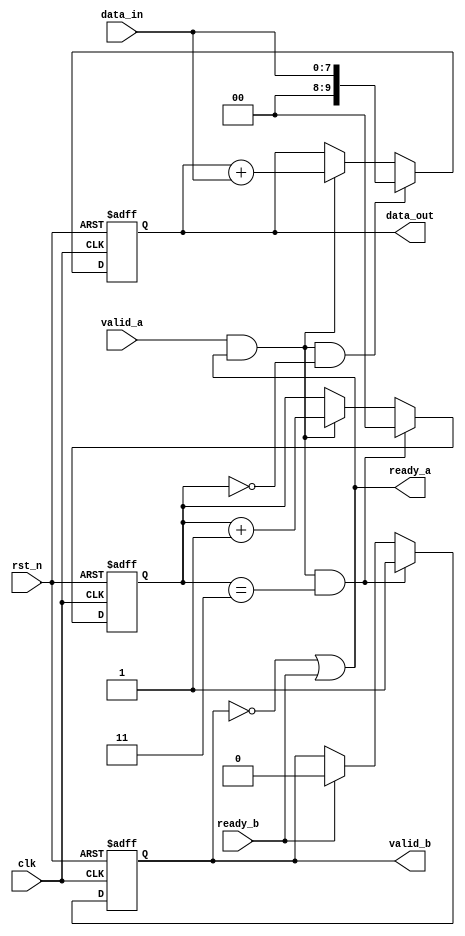
`timescale 1ns/1ns

module verified_accu(
    input               clk         ,   
    input               rst_n       ,
    input       [7:0]   data_in     ,
    input               valid_a     ,
    input               ready_b     ,
 
    output              ready_a     ,
    output  reg         valid_b     ,
    output  reg [9:0]   data_out
);
    
   reg [1:0] count;
   wire add_cnt;
   wire end_cnt;

   assign add_cnt = valid_a && ready_a;
   assign end_cnt = valid_a && ready_a && (count == 'd3);
   
   //count
   always @(posedge clk or negedge rst_n) begin
       if(!rst_n) begin
          count <= 0;
       end
       else if(end_cnt) begin
          count <= 0;
       end
       else if(add_cnt) begin
          count <= count + 1;
       end
   end

    //data_out
   always @(posedge clk or negedge rst_n) begin
      if(!rst_n) begin
        data_out <= 0;
      end
      else if (add_cnt && count == 0) begin
          data_out <= data_in;
      end
      else if (add_cnt) begin
          data_out <= data_out + data_in;
      end
   end

   //ready_a
   assign ready_a = !valid_b | ready_b;

   //valid_b
   always @(posedge clk or negedge rst_n) begin
       if(!rst_n) begin
           valid_b <= 0;
       end
       else if(end_cnt) begin
           valid_b <= 1;
       end
       else if(ready_b) begin
           valid_b <= 0;
       end
   end  
     
endmodule